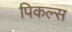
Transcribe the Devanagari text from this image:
पिकल्स